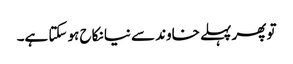
تو پھر پہلے خاوند سے نیا نکاح ہو سکتا ہے۔